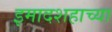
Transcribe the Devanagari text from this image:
इमादशहाच्या